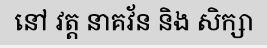
នៅ វត្ត នាគវ័ន និង សិក្សា